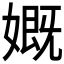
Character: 𡠣